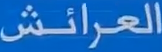
العِرائش